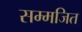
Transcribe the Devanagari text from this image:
सम्मजित